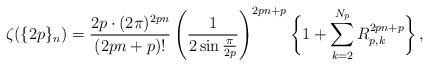
LaTeX: \begin{align*}\zeta(\{2p\}_n)=\frac{2p\cdot(2\pi)^{2p n}}{(2p n+p)!}\left(\frac{1}{2\sin\frac{\pi}{2p}}\right)^{2p n+p}\bigg\{1+\sum_{k=2}^{N_{p}}R_{p,k}^{2p n+p}\bigg\}\,,\end{align*}